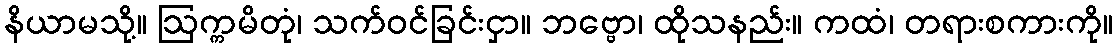
နိယာမသို့။ ဩက္ကမိတုံ၊ သက်ဝင်ခြင်းငှာ။ ဘဗ္ဗော၊ ထိုသနည်း။ ကထံ၊ တရားစကားကို။